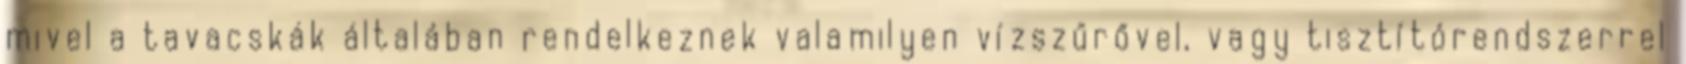
mivel a tavacskák általában rendelkeznek valamilyen vízszűrővel, vagy tisztítórendszerrel